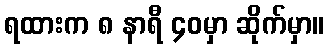
ရထားက ၈ နာရီ ၄၀မှာ ဆိုက်မှာ။